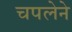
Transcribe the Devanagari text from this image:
चपलेने